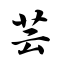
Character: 芸